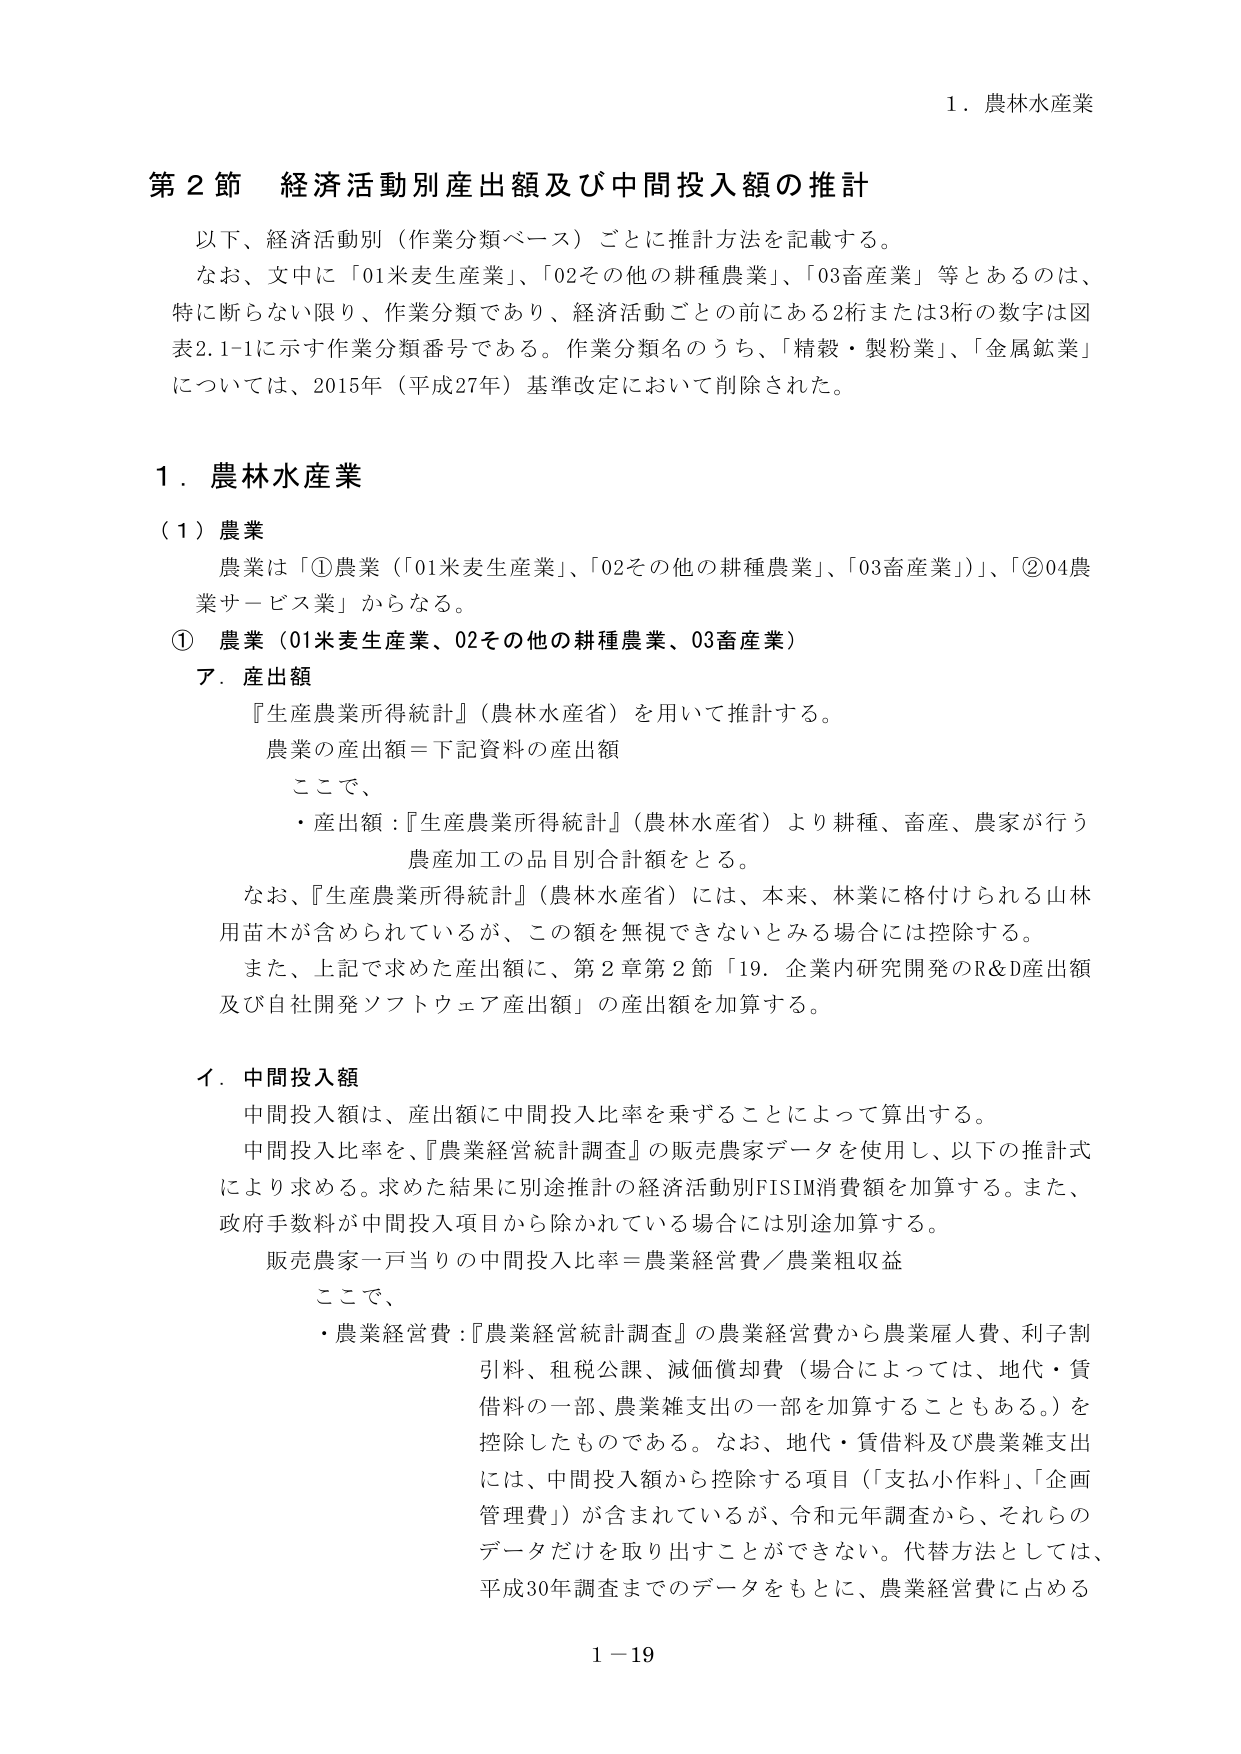
1．農林水産業

第2節 経済活動別産出額及び中間投入額の推計

以下、経済活動別（作業分類ベース）ごとに推計方法を記載する。
なお、文中に「01米麦生産業」、「02その他の耕種農業」、「03畜産業」等とあるのは、
特に断らない限り、作業分類であり、経済活動ごとの前にある2桁または3桁の数字は図
表2.1-1に示す作業分類番号である。作業分類名のうち、「精穀・製粉業」、「金属鉱業」
については、2015年（平成27年）基準改定において削除された。

1．農林水産業

（1）農業

農業は「①農業（「01米麦生産業」、「02その他の耕種農業」、「03畜産業」）」、「②04農
業サービス業」からなる。

① 農業（01米麦生産業、02その他の耕種農業、03畜産業）

ア．産出額

『生産農業所得統計』（農林水産省）を用いて推計する。
農業の産出額＝下記資料の産出額
ここで、
・産出額：『生産農業所得統計』（農林水産省）より耕種、畜産、農家が行う
農産加工の品目別合計額をとる。
なお、『生産農業所得統計』（農林水産省）には、本来、林業に格付けられる山林
用苗木が含まれれているが、この額を無視できないとみる場合には控除する。
また、上記で求めた産出額に、第2章第2節「19．企業内研究開発のR&D産出額
及び自社開発ソフトウェア産出額」の産出額を加算する。

イ．中間投入額

中間投入額は、産出額に中間投入比率を乗ずることによって算出する。
中間投入比率を、『農業経営統計調査』の販売農家データを使用し、以下の推計式
により求める。求めた結果に別途推計の経済活動別FISIM消費額を加算する。また、
政府手数料が中間投入項目から除かれている場合には別途加算する。
販売農家一戸当りの中間投入比率＝農業経営費／農業粗収益
ここで、
・農業経営費：『農業経営統計調査』の農業経営費から農業雇人費、利子割
引料、租税公課、減価償却費（場合によっては、地代・賃
借料の一部、農業雑支出の一部を加算することもある。）を
控除したものである。なお、地代・賃借料及び農業雑支出
には、中間投入額から控除する項目（「支払小作料」、「企画
管理費」）が含まれているが、令和元年調査から、それらの
データだけを取り出すことができない。代替方法としては、
平成30年調査までのデータをもとに、農業経営費に占める

1－19